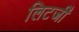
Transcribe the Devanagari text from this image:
लिटर्जी